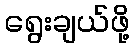
ရွေးချယ်ဖို့